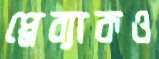
প্লেব্যাকও